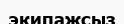
экипажсыз